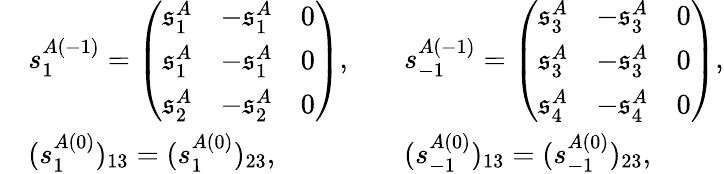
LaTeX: \begin{array}{rlrl}&{s_{1}^{A(-1)}=\left(\begin{array}{lll}{\mathfrak{s}_{1}^{A}}&{-\mathfrak{s}_{1}^{A}}&{0}\\ {\mathfrak{s}_{1}^{A}}&{-\mathfrak{s}_{1}^{A}}&{0}\\ {\mathfrak{s}_{2}^{A}}&{-\mathfrak{s}_{2}^{A}}&{0}\end{array}\right),}&&{s_{-1}^{A(-1)}=\left(\begin{array}{lll}{\mathfrak{s}_{3}^{A}}&{-\mathfrak{s}_{3}^{A}}&{0}\\ {\mathfrak{s}_{3}^{A}}&{-\mathfrak{s}_{3}^{A}}&{0}\\ {\mathfrak{s}_{4}^{A}}&{-\mathfrak{s}_{4}^{A}}&{0}\end{array}\right),}\\ &{(s_{1}^{A(0)})_{13}=(s_{1}^{A(0)})_{23},}&&{(s_{-1}^{A(0)})_{13}=(s_{-1}^{A(0)})_{23},}\end{array}